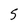
Character: 5